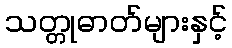
သတ္တုဓာတ်များနှင့်